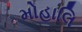
મોહાલિ